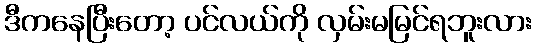
ဒီကနေပြီးတော့ ပင်လယ်ကို လှမ်းမမြင်ရဘူးလား